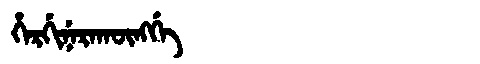
Manchu: ᡥᡝᡵᡤᡳᠨᡝᡵᠠᡴᡡᠩᡤᡝ
Romanization: HERGINERAKŪNGGE